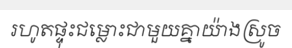
រហូតផ្ទុះជម្លោះជាមួយគ្នាយ៉ាងស្រូច